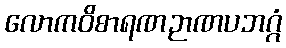
လောကဝိစာရဏဉာဏပဘဂ္ဂံ